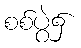
စစ်ပွဲ၌